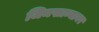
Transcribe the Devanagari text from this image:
जिमखान्यावर